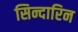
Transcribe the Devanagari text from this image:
सिन्दारिन